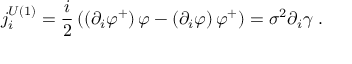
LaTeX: j _ { i } ^ { U ( 1 ) } = \frac { i } { 2 } \left( \left( \partial _ { i } \varphi ^ { + } \right) \varphi - \left( \partial _ { i } \varphi \right) \varphi ^ { + } \right) = \sigma ^ { 2 } \partial _ { i } \gamma \; \mathrm { . }